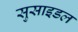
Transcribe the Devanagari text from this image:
सुसाइडल